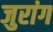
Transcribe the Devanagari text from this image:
जुरांग